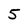
Character: 5